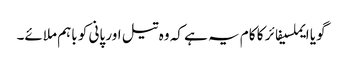
گویا ایملسیفائر کا کام یہ ہے کہ وہ تیل اور پانی کو باہم ملائے۔